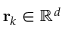
{ \bf r } _ { k } \in \mathbb { R } ^ { d }